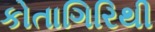
કોતાગિરિથી